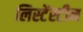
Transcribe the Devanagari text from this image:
लिस्टेंस्टीन